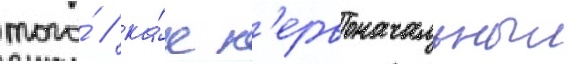
того́ / ка́к п'ервоначальныи